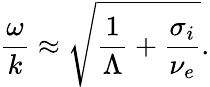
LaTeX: \frac{\omega}{k}\approx\sqrt{\frac{1}{\Lambda}+\frac{\sigma_{i}}{\nu_{e}}}.